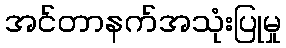
အင်တာနက်အသုံးပြုမှု